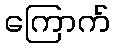
ကြောက်